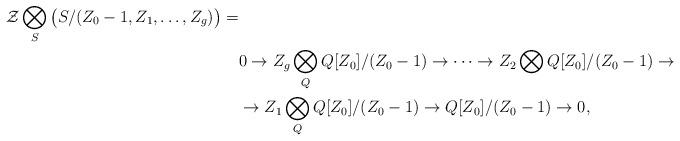
LaTeX: \begin{align*} \mathcal{Z}\bigotimes_S \big(S/(Z_0-1,Z_1,\ldots,Z_g)\big)= & \\ & 0\rightarrow Z_g\bigotimes_Q Q[Z_0]/(Z_0-1)\rightarrow \cdots \rightarrow Z_2\bigotimes Q[Z_0]/(Z_0-1) \rightarrow & \\ & \rightarrow Z_1\bigotimes_Q Q[Z_0]/(Z_0-1)\rightarrow Q[Z_0]/(Z_0-1)\rightarrow 0, \end{align*}